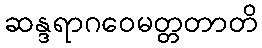
ဆန္ဒရာဂဝေမတ္တတာတိ